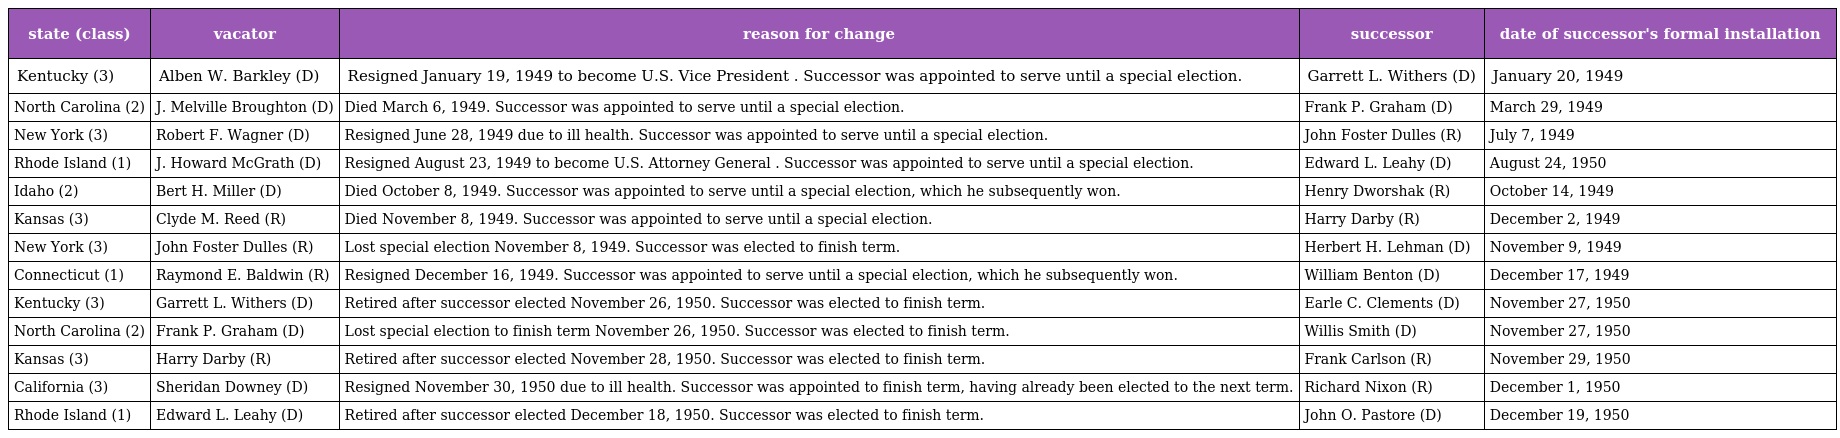
| state (class) | vacator | reason for change | successor | date of successor's formal installation |
 | --- | --- | --- | --- | --- |
 | Kentucky (3) | Alben W. Barkley (D) | Resigned January 19, 1949 to become U.S. Vice President . Successor was appointed to serve until a special election. | Garrett L. Withers (D) | January 20, 1949 |
 | North Carolina (2) | J. Melville Broughton (D) | Died March 6, 1949. Successor was appointed to serve until a special election. | Frank P. Graham (D) | March 29, 1949 |
 | New York (3) | Robert F. Wagner (D) | Resigned June 28, 1949 due to ill health. Successor was appointed to serve until a special election. | John Foster Dulles (R) | July 7, 1949 |
 | Rhode Island (1) | J. Howard McGrath (D) | Resigned August 23, 1949 to become U.S. Attorney General . Successor was appointed to serve until a special election. | Edward L. Leahy (D) | August 24, 1950 |
 | Idaho (2) | Bert H. Miller (D) | Died October 8, 1949. Successor was appointed to serve until a special election, which he subsequently won. | Henry Dworshak (R) | October 14, 1949 |
 | Kansas (3) | Clyde M. Reed (R) | Died November 8, 1949. Successor was appointed to serve until a special election. | Harry Darby (R) | December 2, 1949 |
 | New York (3) | John Foster Dulles (R) | Lost special election November 8, 1949. Successor was elected to finish term. | Herbert H. Lehman (D) | November 9, 1949 |
 | Connecticut (1) | Raymond E. Baldwin (R) | Resigned December 16, 1949. Successor was appointed to serve until a special election, which he subsequently won. | William Benton (D) | December 17, 1949 |
 | Kentucky (3) | Garrett L. Withers (D) | Retired after successor elected November 26, 1950. Successor was elected to finish term. | Earle C. Clements (D) | November 27, 1950 |
 | North Carolina (2) | Frank P. Graham (D) | Lost special election to finish term November 26, 1950. Successor was elected to finish term. | Willis Smith (D) | November 27, 1950 |
 | Kansas (3) | Harry Darby (R) | Retired after successor elected November 28, 1950. Successor was elected to finish term. | Frank Carlson (R) | November 29, 1950 |
 | California (3) | Sheridan Downey (D) | Resigned November 30, 1950 due to ill health. Successor was appointed to finish term, having already been elected to the next term. | Richard Nixon (R) | December 1, 1950 |
 | Rhode Island (1) | Edward L. Leahy (D) | Retired after successor elected December 18, 1950. Successor was elected to finish term. | John O. Pastore (D) | December 19, 1950 |